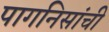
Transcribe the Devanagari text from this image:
पागनिसांची